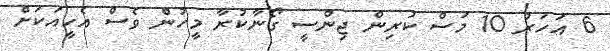
6 އަހަރު 10 މަސް ކުރިން ޖިންސީ ގޯނާކުރާ މީހުން ވެސް އެހީއަކަށް